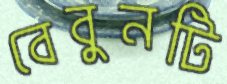
বেবুনটি